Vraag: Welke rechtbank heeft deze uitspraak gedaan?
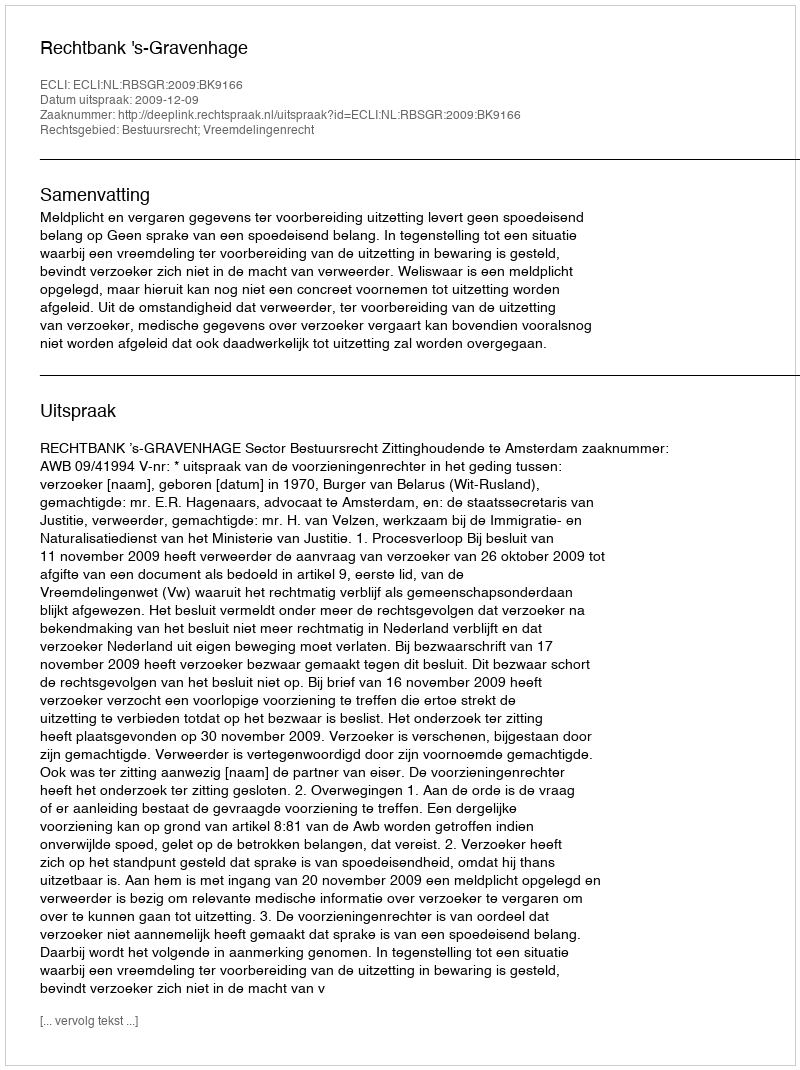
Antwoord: Rechtbank 's-Gravenhage